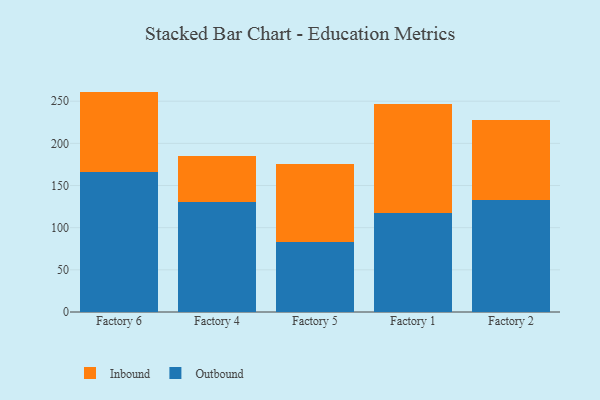
{"axis": {"x": "Factory", "y": "Active Users"}, "legend": ["Inbound", "Outbound"], "data": [{"x": "Factory 6", "y": 166.2, "type": "Outbound"}, {"x": "Factory 6", "y": 95.2, "type": "Inbound"}, {"x": "Factory 4", "y": 130.2, "type": "Outbound"}, {"x": "Factory 4", "y": 55.0, "type": "Inbound"}, {"x": "Factory 5", "y": 83.0, "type": "Outbound"}, {"x": "Factory 5", "y": 92.6, "type": "Inbound"}, {"x": "Factory 1", "y": 117.7, "type": "Outbound"}, {"x": "Factory 1", "y": 129.3, "type": "Inbound"}, {"x": "Factory 2", "y": 132.5, "type": "Outbound"}, {"x": "Factory 2", "y": 94.8, "type": "Inbound"}]}